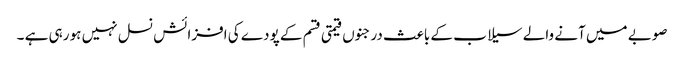
صوبے میں آنے والے سیلا ب کے باعث درجنوں قیمتی قسم کے پودے کی افزائش نسل نہیں ہو رہی ہے ۔